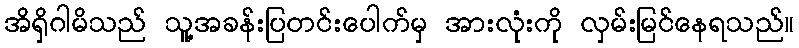
အိရှိဂါမိသည် သူ့အခန်းပြတင်းပေါက်မှ အားလုံးကို လှမ်းမြင်နေရသည်။